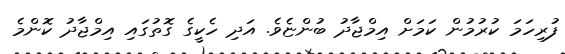
ފުރިހަމަ ކުރުމުން ކަމަށް އިމްޖާދު ބުންޏެވެ. އަދި ހެކީގެ ގޮތުގައި އިމްޖާދު ކޮންމެ